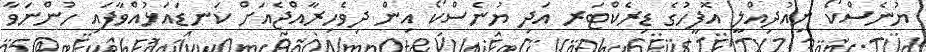
ޔުނެސްކޯ ނިއުދިއްލީ އޮފީހުގެ ޑިރެކްޓަރ އަދި ޔުނެސްކޯ އިން ދިވެހިރާއްޖެއަށް ކަނޑައަޅުއްވާފައި ހުންނަވާ